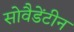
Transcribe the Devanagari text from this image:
सोवैडेंटीन